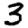
Digit: 3